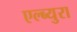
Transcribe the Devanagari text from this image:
एल्ब्युरा